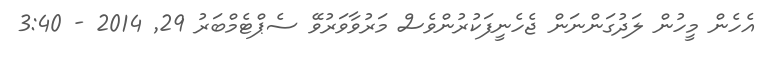
އެހެން މީހުން ލަދުގަންނަން ޖެހެނީފަކުރުންވެސް މަރުވާވަރުވޭ ސެޕްޓެމްބަރު 29